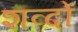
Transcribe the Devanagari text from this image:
शव्‍दों